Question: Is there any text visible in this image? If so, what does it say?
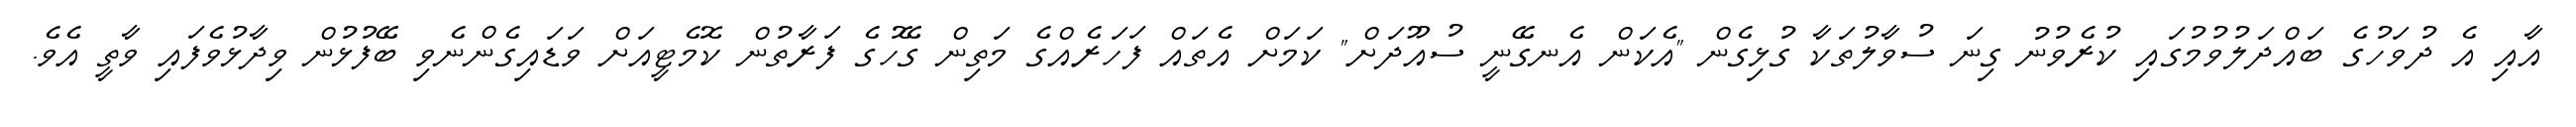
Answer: އާއި އެ ދުވަހުގެ ބައްދަލުވުމުގައި ކުރެވުނު ގިނަ ސުވާލުތަކާ ގުޅިގެން "އެކަން އެނގޭނީ ސުއޫދަށް" ކަމަށް އެތައް ފަހަރެއްގެ މަތިން ގޭހުގެ ފަރާތުން ކޮމެޓީއަށް ވަޑައިގެންނެވި ބޭފުޅުން ވިދާޅުވެފައި ވާތީ އެވެ.